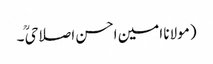
(مولانا امین احسن اصلاحیؒ ۔